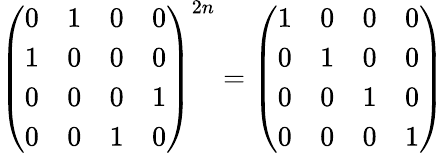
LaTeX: \left(\begin{array}{cccc}{{0}}&{{1}}&{{0}}&{{0}}\\ {{1}}&{{0}}&{{0}}&{{0}}\\ {{0}}&{{0}}&{{0}}&{{1}}\\ {{0}}&{{0}}&{{1}}&{{0}}\end{array}\right)^{2n}=\left(\begin{array}{cccc}{{1}}&{{0}}&{{0}}&{{0}}\\ {{0}}&{{1}}&{{0}}&{{0}}\\ {{0}}&{{0}}&{{1}}&{{0}}\\ {{0}}&{{0}}&{{0}}&{{1}}\end{array}\right)